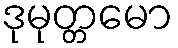
ဒုမုတ္တမော